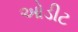
ઓડીટ